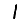
Digit: 1